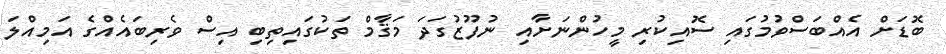
ބޮޑަށް އެއްބަސްވުމުގައި ސޮއިކުރި މީހުންނަށާއި ނުފޫޒުގަދަ މަޤާމް ތަކުގައިތިބި އިސް ވެރިބައެއްގެ އަމިއްލަ